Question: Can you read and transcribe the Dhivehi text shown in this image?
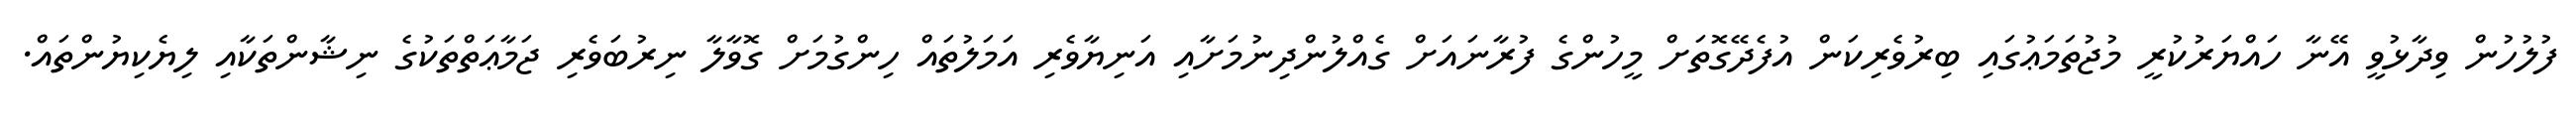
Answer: ފުލުހުން ވިދާޅުވީ އޭނާ ހައްޔަރުކުރީ މުޖުތަމަޢުގައި ބިރުވެރިކަން އުފެދޭގޮތަށް މީހުންގެ ފުރާނައަށް ގެއްލުންދިނުމަށާއި އަނިޔާވެރި އަމަލުތައް ހިންގުމަށް ގޮވާލާ ނިރުބަވެރި ޖަމާޢަތްތަކުގެ ނިޝާންތަކާއި ލިޔެކިޔުންތައް.